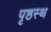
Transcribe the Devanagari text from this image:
पृष्ठस्थ